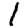
Digit: 1